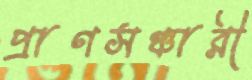
প্রাণসঞ্চারী